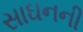
સાઘનની